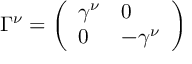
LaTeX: \Gamma ^ { \nu } = \left( \begin{array} { l l } { { \gamma ^ { \nu } } } & { { 0 } } \\ { { 0 } } & { { - \gamma ^ { \nu } } } \end{array} \right)